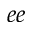
_ { e e }